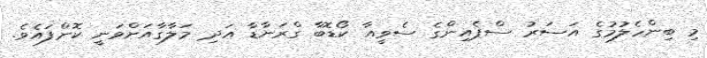
މި ބިންހެލުމުގެ އަސަރު ސްޕެއިންގެ ސެވީއާ ކޯޑޮބާ ގްރަނާޑާ އަދި މަލާގާއަށްވަނީ ކޮށްފައެވެ.